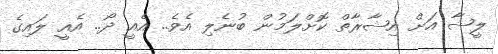
ލީޝާ އަށް އިޝާރާތް ކޮށްލަމުން ބުނެލި އެވެ.. އެއީ ދޯ.. އެއީ ލައިގެ